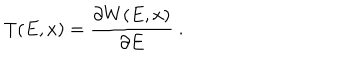
T ( E , x ) = { \frac { \partial W ( E , x ) } { \partial E } } \ .